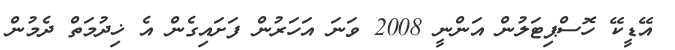
އޭޑީކޭ ހޮސްޕިޓަލުން އަންނީ 2008 ވަނަ އަހަރުން ފަށައިގެން އެ ޚިދުމަތް ދެމުން